Vaccination in Burma 1920-1933 - 1920-1933
Year: 1920
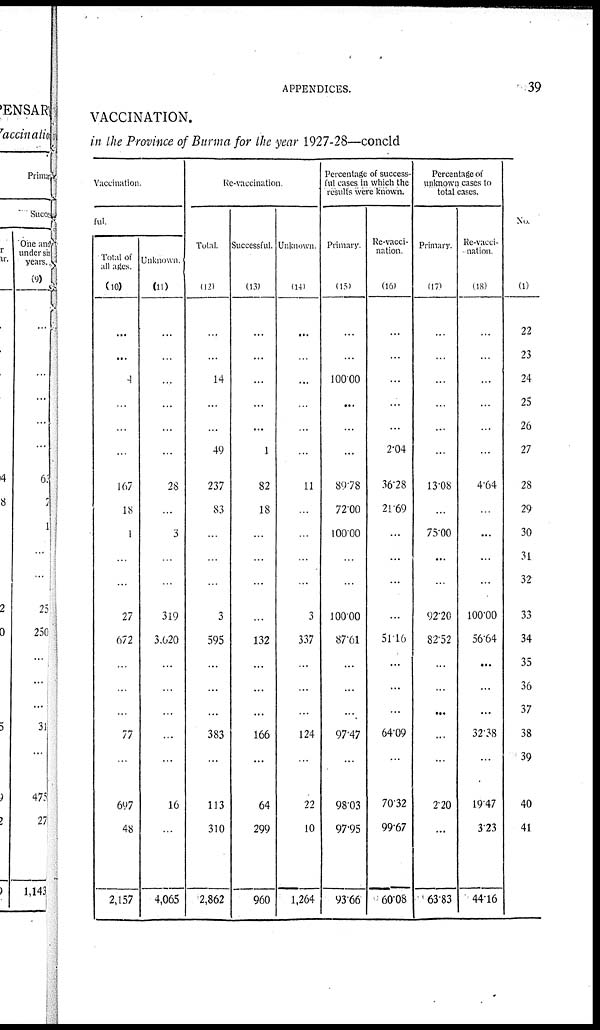
APPENDICES.
39
VACCINATION.
in the Province of Burma for the year 1927-28—concld
Vaccination.
ful.
Total of
all ages.
(10)
...
...
4
...
...
...
167
18
1
...
...
27
672
...
...
...
77
...
697
48
2,157
Unknown.
(11)
...
...
...
...
...
...
28
...
3
...
...
319
3,620
...
...
...
...
...
16
...
4,065
Re-vaccination.
Total.
(12)
...
...
14
...
...
49
237
83
...
...
...
3
595
...
...
...
383
...
113
310
2,862
Successful.
(13)
...
...
...
...
...
1
82
18
...
...
...
...
132
...
...
...
166
...
64
299
960
Unknown.
(14)
...
...
...
...
...
...
11
...
...
...
...
3
337
...
...
...
124
...
22
10
1,264
Percentage of success-
ful cases in which the
results were Known.
Primary.
(15)
...
...
100.00
...
...
...
89.78
72.00
100.00
...
...
100.00
87.61
...
...
...
97.47
...
98.03
97.95
93.66
Re-vacci-
nation.
(16)
...
...
...
...
...
2.04
36.28
21.69
...
...
...
...
51.16
...
...
...
64.09
...
70.32
99.67
60.08
Percentage of
unknown cases to
total cases.
Primary.
(17)
...
...
...
...
...
...
13.08
...
75.00
...
...
92.20
82.52
...
...
...
...
...
2.20
...
63.83
Re-vacci-
nation.
(18)
...
...
...
...
...
...
4.64
...
...
...
...
100.00
56.64
...
...
...
32.38
...
19.47
3.23
44.16
No.
(1)
22
23
24
25
26
27
28
29
30
31
32
33
34
35
36
37
38
39
40
41